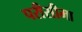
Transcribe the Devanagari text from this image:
परीसीमा